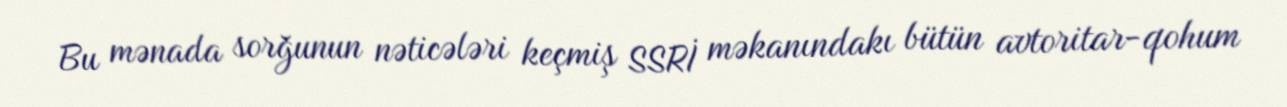
Bu mənada sorğunun nəticələri keçmiş SSRİ məkanındakı bütün avtoritar-qohum